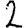
Digit: 2